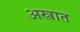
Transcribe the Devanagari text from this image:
अस्त्रात